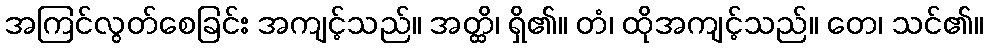
အကြင်လွတ်စေခြင်း အကျင့်သည်။ အတ္ထိ၊ ရှိ၏။ တံ၊ ထိုအကျင့်သည်။ တေ၊ သင်၏။